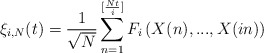
\begin{align*}\xi_{i,N}(t)=\frac{1}{\sqrt{N}}\sum_{n=1}^{[\frac{Nt}{i}]}F_{i}\left(X(n),...,X(in)\right)\end{align*}